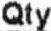
QTY